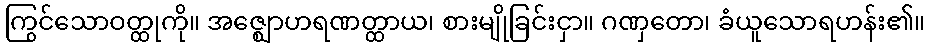
ကြွင်သောဝတ္ထုကို။ အဇ္ဈောဟရဏတ္ထာယ၊ စားမျိုခြင်းငှာ။ ဂဏှတော၊ ခံယူသောရဟန်း၏။